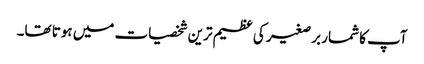
آپ کا شمار برصغیر کی عظیم ترین شخصیات میں ہوتا تھا۔